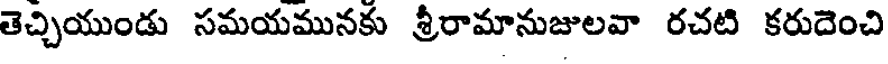
తెచ్చియుండు సమయమునకు శ్రీరామానుజులవా రచటి కరుదెంచి